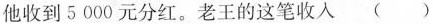
他收到5000元分红。老王的这笔收入 （）